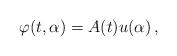
LaTeX: \begin{align*}\varphi(t, \alpha)=A(t)u(\alpha)\,,\end{align*}